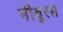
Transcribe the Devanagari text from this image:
नीबूरस